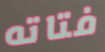
فتاته